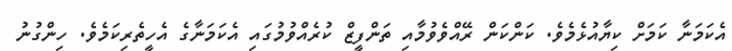
އެކަމަނާ ކަމަށް ކިޔާއުޅެމެވެ. ކަންކަން ރޭއްވެވުމާއި ތަންފީޒް ކުރެއްވުމުގައި އެކަމަނާގެ އެހީތެރިކަމެވެ. ހިންގުނު